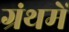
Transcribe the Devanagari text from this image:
ग्रंथमें